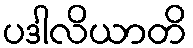
ပဒါလိယာတိ